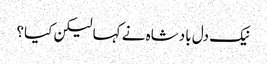
نیک دل بادشاہ نے کہا لیکن کیا؟